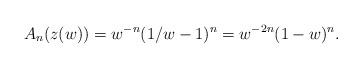
LaTeX: \begin{align*}A_n(z(w))=w^{-n}(1/w-1)^{n}=w^{-2n}(1-w)^n.\end{align*}